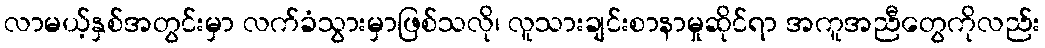
လာမယ့်နှစ်အတွင်းမှာ လက်ခံသွားမှာဖြစ်သလို၊ လူသားချင်းစာနာမှုဆိုင်ရာ အကူအညီတွေကိုလည်း